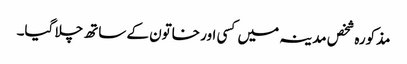
مذکورہ شخص مدینہ میں کسی اور خاتون کے ساتھ چلا گیا۔